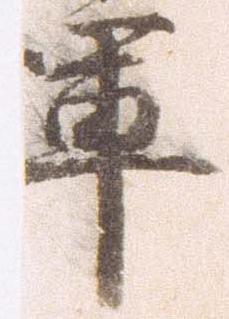
軍